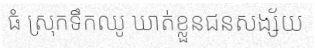
ធំ ស្រុកទឹកឈូ ឃាត់ខ្លួនជនសង្ស័យ